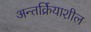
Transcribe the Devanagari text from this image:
अन्तर्क्रियाशील